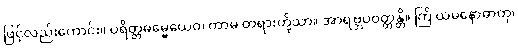
ဖြင့်လည်းကောင်း။ ပရိတ္တဓမ္မေယေဝ၊ ကာမ တရားတို့သာ။ အာရဗ္ဘပဝတ္တန္တိ။ ကြိ ယမနောဓာတု၊